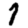
Digit: 7